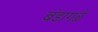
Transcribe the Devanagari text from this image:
बंडागळे